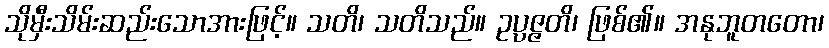
သိုမှီးသိမ်းဆည်းသောအားဖြင့်။ သတိ၊ သတိသည်။ ဥပ္ပဇ္ဇတိ၊ ဖြစ်၏။ အနုဘူတတော၊